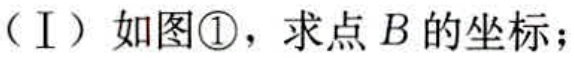
（Ⅰ）如图\textcircled{1}，求点\(B\)的坐标；